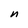
Character: n